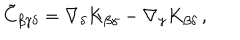
LaTeX: \tilde { C } _ { \beta \gamma \delta } = \nabla _ { \delta } K _ { \beta \gamma } - \nabla _ { \gamma } K _ { \beta \delta } \, ,